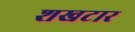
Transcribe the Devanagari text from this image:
शखटार